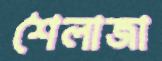
শৈলাজা